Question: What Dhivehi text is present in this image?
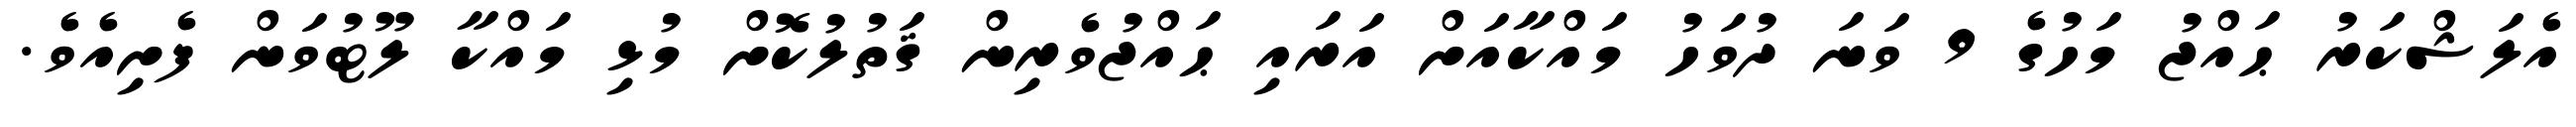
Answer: އެލަޝްކަރު ޙައްޖު މަހުގެ 9 ވަނަ ދުވަހު މައްކާއަށް އަރައި ޙައްޖުވެރިން ޤަތުލުކޮށް މުޅި މައްކާ ލޫޓުވަން ފެށިއެވެ.